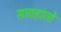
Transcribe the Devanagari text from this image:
सप्ताहांतो